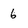
Character: 6